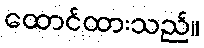
ထောင်ထားသည်။